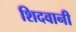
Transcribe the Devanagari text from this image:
शिदवानी